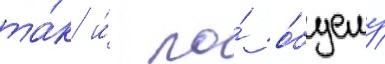
та́к и́ по́ о́бщему